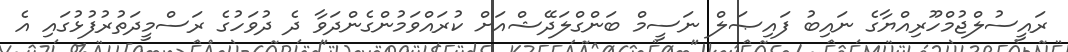
ރައީސުލްޖުމްހޫރިއްޔާގެ ނައިބު ފައިޞަލް ނަސީމް ބަންގްލަދޭޝްއަށް ކުރައްވަމުންގެންދަވާ ދެ ދުވަހުގެ ރަސްމީދަތުރުފުޅުގައި އެ